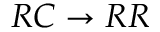
R C \to R R